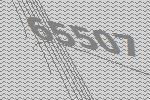
65507